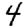
Digit: 4